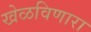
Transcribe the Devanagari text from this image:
खेळविणारा